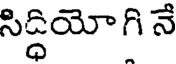
సిద్ధియోగి నే